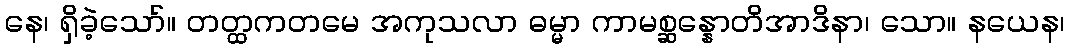
နေ၊ ရှိခဲ့သော်။ တတ္ထကတမေ အကုသလာ ဓမ္မာ ကာမစ္ဆန္နောတိအာဒိနာ၊ သော။ နယေန၊